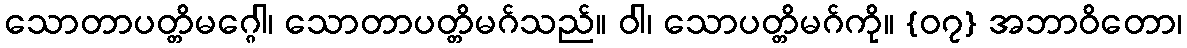
သောတာပတ္တိမဂ္ဂေါ၊ သောတာပတ္တိမဂ်သည်။ ဝါ၊ သောပတ္တိမဂ်ကို။ {၀၇} အဘာဝိတော၊